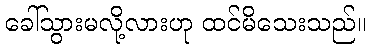
ခေါ်သွားမလို့လားဟု ထင်မိသေးသည်။